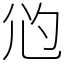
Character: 尦